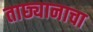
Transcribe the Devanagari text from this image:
ताछ्यानाचा